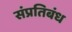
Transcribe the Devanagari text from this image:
संप्रतिबंध